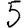
Digit: 5